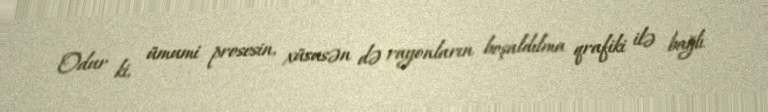
Odur ki, ümumi prosesin, xüsusən də rayonların boşaldılma qrafiki ilə bağlı